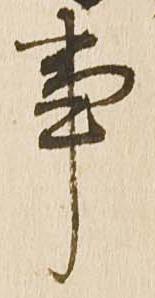
事